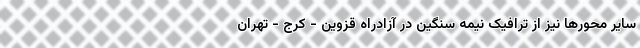
سایر محورها نیز از ترافیک نیمه سنگین در آزادراه قزوین - کرج - تهران